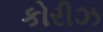
કોરીઝ